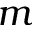
m